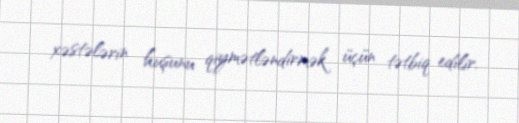
xəstələrin huşunu qiymətləndirmək üçün tətbiq edilir.